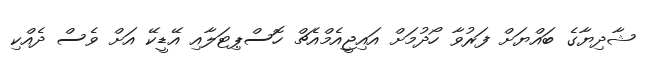
ޝާދިޔާގެ ބައްޔަށް ފަރުވާ ހޯދުމަށް އައިޖީއެމްއެޗް ހޮސްޕިޓަލާއި އޭޑީކޭ އަށް ވެސް ދެއްކި